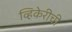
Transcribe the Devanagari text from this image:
व्हिकेरीची